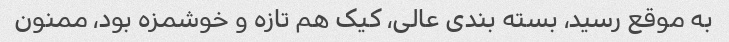
به موقع رسید، بسته بندی عالی، کیک هم تازه و خوشمزه بود، ممنون